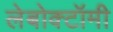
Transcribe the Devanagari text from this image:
लेबोक्टॉमी